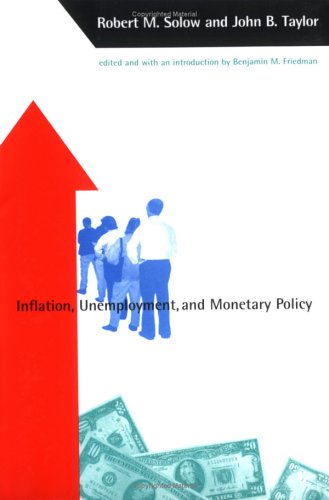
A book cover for Inflation, Unemployment, and Monetary Policy (Alvin Hansen Symposium Series on Public Policy); Robert M. Solow; Business & Money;